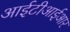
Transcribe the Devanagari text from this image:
आईटीआईआर